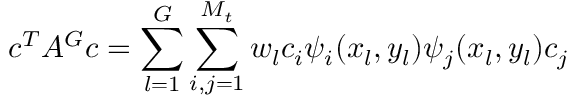
c ^ { T } A ^ { G } c = \sum _ { l = 1 } ^ { G } \sum _ { i , j = 1 } ^ { M _ { t } } w _ { l } c _ { i } \psi _ { i } ( x _ { l } , y _ { l } ) \psi _ { j } ( x _ { l } , y _ { l } ) c _ { j }